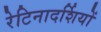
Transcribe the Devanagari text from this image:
रेटिनादर्शियों